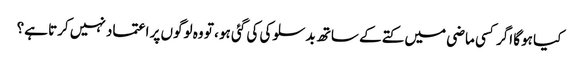
کیا ہوگا اگر کسی ماضی میں کتے کے ساتھ بدسلوکی کی گئی ہو ، تو وہ لوگوں پر اعتماد نہیں کرتا ہے؟